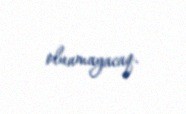
olunmayacaq.